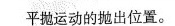
平抛运动的抛出位置。